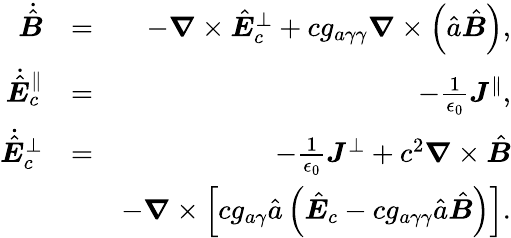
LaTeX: \begin{array}{rlr}{\dot{\hat{\boldsymbol B}}}&{=}&{-\boldsymbol\nabla\times\hat{\boldsymbol E}_{c}^{\perp}+cg_{a\gamma\gamma}\boldsymbol\nabla\times\left(\hat{a}\hat{\boldsymbol B}\right),}\\ {\dot{\hat{\boldsymbol E}}_{c}^{\parallel}}&{=}&{-\frac{1}{\epsilon_{0}}\boldsymbol J^{\parallel},}\\ {\dot{\hat{\boldsymbol E}}_{c}^{\perp}}&{=}&{-\frac{1}{\epsilon_{0}}\boldsymbol J^{\perp}+c^{2}\boldsymbol\nabla\times\hat{\boldsymbol B}}\\ &{}&{-\boldsymbol\nabla\times\left[cg_{a\gamma}\hat{a}\left(\hat{\boldsymbol E}_{c}-cg_{a\gamma\gamma}\hat{a}\hat{\boldsymbol B}\right)\right].}\end{array}